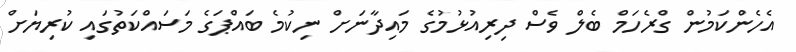
އެހެންކަމުން ގްރެހަމް ބެލް ވެސް ދިރިއުޅުމުގެ މައިދާނަށް ނިކުމެ ބައްޕަގެ މަސައްކަތުގައި ކުރިޔަށް